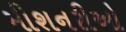
મીશનરીઓ